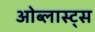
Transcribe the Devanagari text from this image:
ओब्लास्ट्स